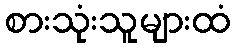
စားသုံးသူများထံ